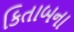
કિતાબના